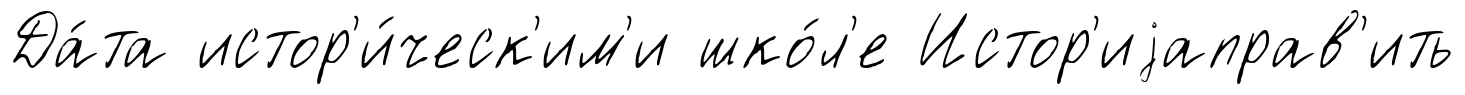
Да́та истор'и́ческ'им'и шко́л'е Истор'иjаправ'ить